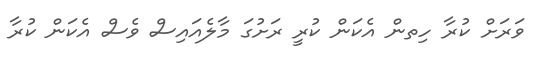
ވަރަށް ކުރާ ހިތން އެކަން ކުރީ ރަށުގަ މާލެއައިސް ވެސް އެކަން ކުރާ